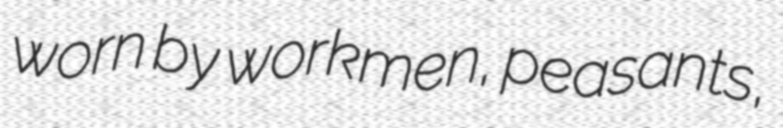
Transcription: worn by workmen, peasants,